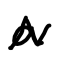
Text: a
Cross-out: zig-zag
Writing tool: digital_black